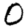
Digit: 0